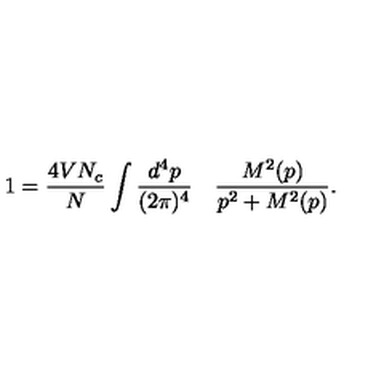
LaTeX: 1 = \frac { 4 V N _ { c } } { N } \int \frac { d ^ { 4 } p } { ( 2 \pi ) ^ { 4 } } \quad \frac { M ^ { 2 } ( p ) } { p ^ { 2 } + M ^ { 2 } ( p ) } .